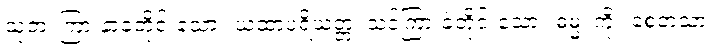
သုတံ၊ ကြားနာခဲ့တိုင်းသော။ ယထာပရိယတ္တံ၊ သင်ကြားခဲ့တိုင်းသော။ ဓမ္မံ၊ ကို။ စေတသာ၊